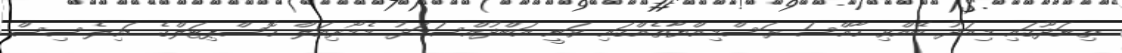
ތިނަދޫގައި މިއަދު ބޭއްވި ހާއްސަ ރަސްމިއްޔާތެއްގައި ވަނީ އަބްދުއްސަމަދު މެމޯރިއަލް ހޮސްޕިޓަލްގެ ޑައިލެސިސް